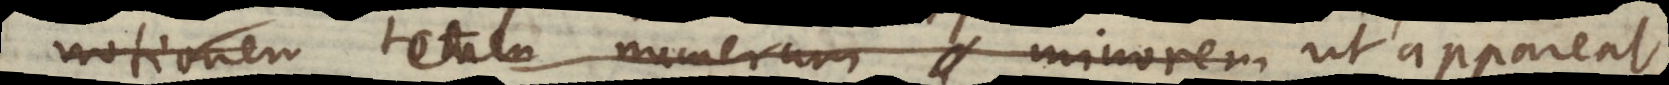
notionem totum numerum minorem ut appareat